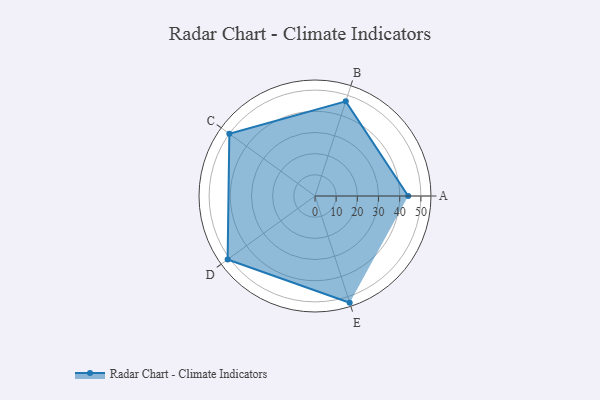
{"axis": {"x": "Skill", "y": "Score"}, "legend": ["Profile"], "data": [{"x": "A", "y": 44.0, "type": "Profile"}, {"x": "B", "y": 47.0, "type": "Profile"}, {"x": "C", "y": 50.0, "type": "Profile"}, {"x": "D", "y": 51.0, "type": "Profile"}, {"x": "E", "y": 53.0, "type": "Profile"}]}